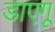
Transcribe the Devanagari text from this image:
डाएगू